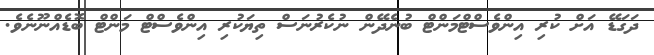
ދަގަޑޭ އަށް ކުރި އިންވެސްޓްމަންޓް ބުނެދޭން ނުކެރުނަސް ތިޔަކުރި އިންވެސްޓް މަންޓް ބޮޑެއްނޫނެވެ.